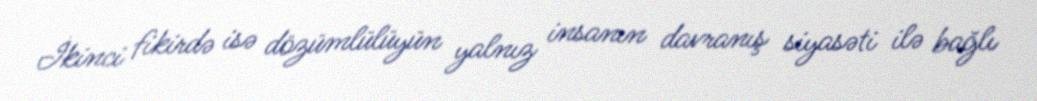
İkinci fikirdə isə dözümlülüyün yalnız insanın davranış siyasəti ilə bağlı